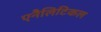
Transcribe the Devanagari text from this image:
एनैलिटिकल